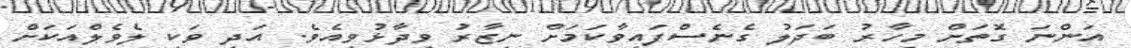
އަންނަ ގޮތަށް މިހާރު ބަދަލު ގެނެސްފައިވާކަމަށް ނިޒާރު ވިދާޅުވިއެވެ. އަދި ވަކި ލެވެލްއަކަށް